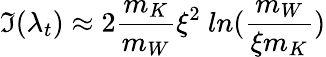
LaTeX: \Im(\lambda_{t})\approx 2\frac{m_{K}}{m_{W}}\xi^{2}~ln(\frac{m_{W}}{\xi m_{K}})